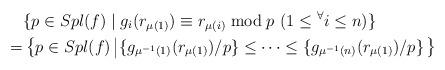
LaTeX: \begin{align*}&\{ p\in Spl(f) \mid g_i( r_{\mu(1)}) \equiv r_{\mu(i)} \bmod p\,\,(1\le{}^\forall i\le n)\}\\=&\left\{ p\in Spl(f) \left| \{g_{\mu^{-1}(1)}(r_{\mu(1)})/p\}\le\dots\le\{g_{\mu^{-1}(n)}(r_{\mu(1)})/p\} \right.\right\}\end{align*}